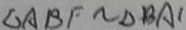
\Delta A B F \sim \Delta B A 1